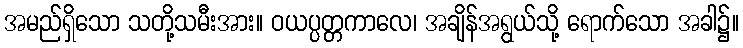
အမည်ရှိသော သတို့သမီးအား။ ဝယပ္ပတ္တကာလေ၊ အချိန်အရွယ်သို့ ရောက်သော အခါ၌။